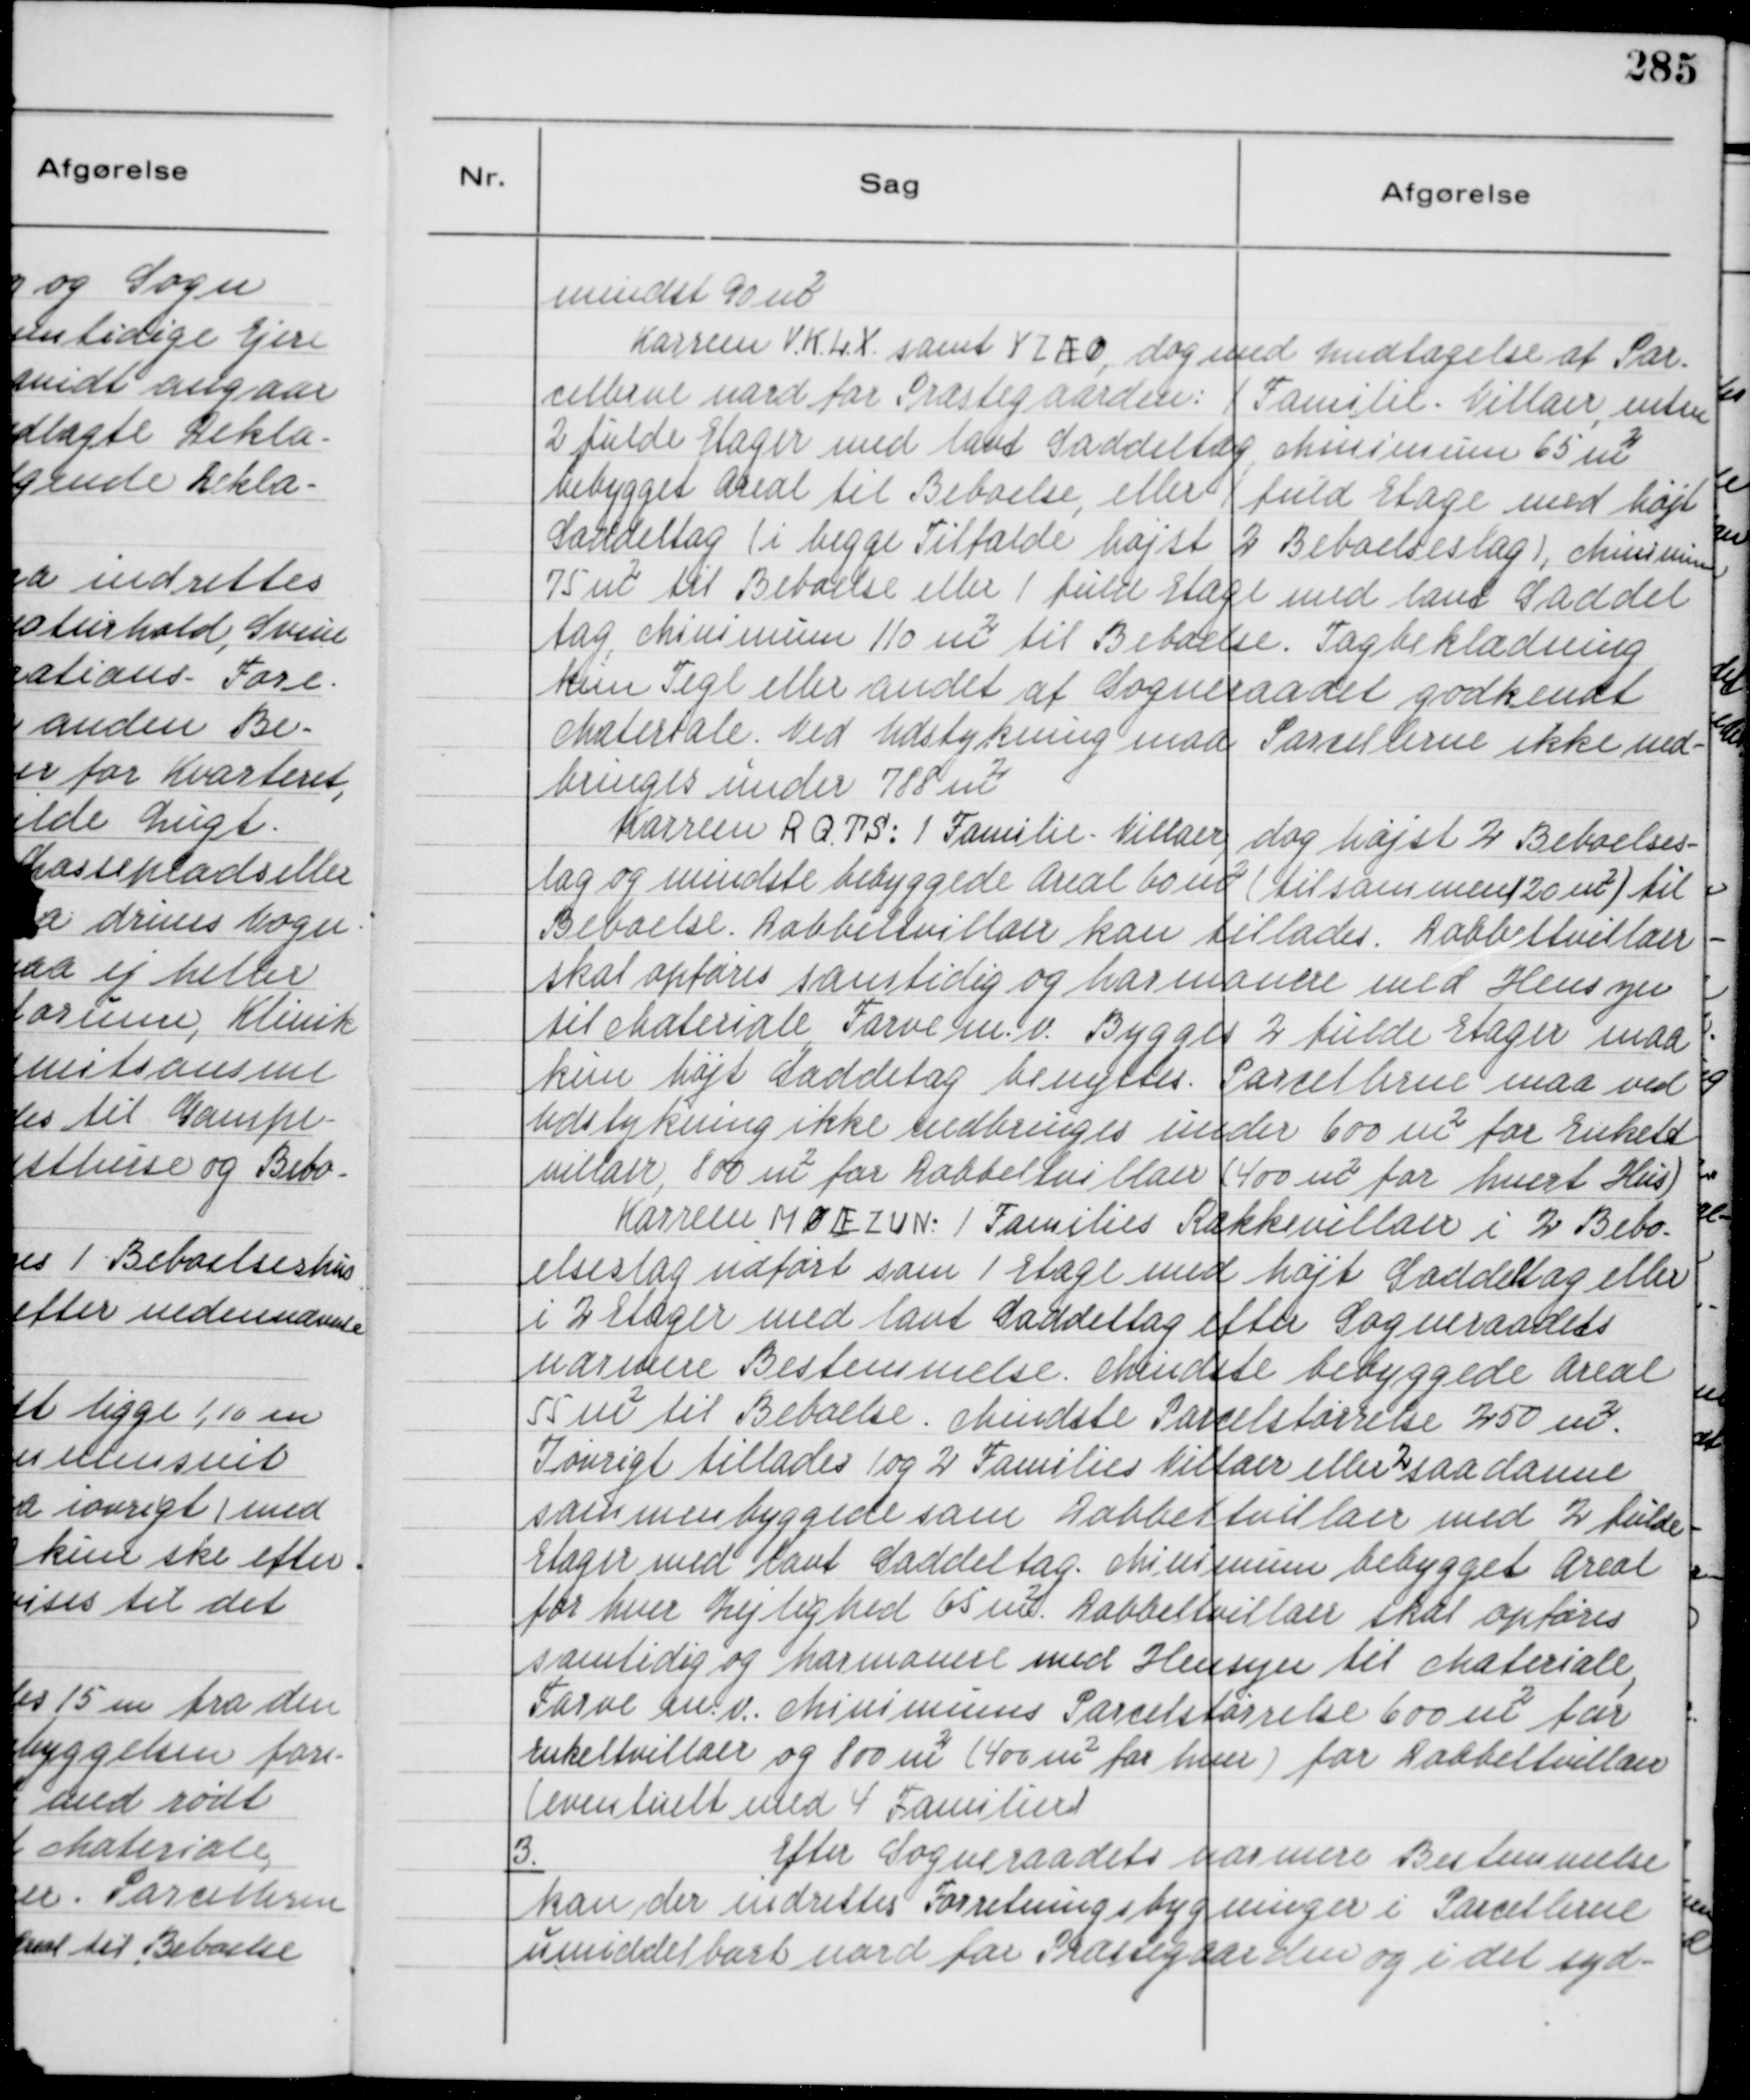
Transskription:
mindst 90 m²
Karreen V.K.L.X samt Y Z Æ Ø, dog med undtagelse af Par-
cellerne nord for Præstegaarden: 1 Familie, Villaer enten
2 fulde Etager med lavt Saddeltag, Minimum 65 m²
bebygget Areal til Beboelse, eller 1 fuld Etage med højt
Saddeltag ( i begge Tilfælde højst 2 Beboelseslag ), Minimum
75 m² til Beboelse eller 1 fuld Etage med lavt Saddel
tag, Minimum 110 m² til Beboelse. Tagbeklædning
kun Tegl eller andet af Sogneraadet godkendt
Materiale. Ved Udstykning maa Parcellerne ikke ned-
bringes under 788 m²
Karreen R Q.T S: 1 Familie - Villaer, dog højst 2 Beboelses-
lag og mindste bebyggede Areal 60 m² ( til sammen 20 m² ) til
Beboelse. Dobbeltvillaer kan tillades. Dobbeltvillaer
skal opføres samtidig og har harmonere med Hensyn
til Materiale Farve m. v. Bygges 2 fulde Etager maa
kun højt Saddetag benyttes. Parcellerne maa ved
Udstykning ikke nedbringes under 600 m² for Enkelt
villaer, 800 m² for Dobbeltvillaer ( 400 m² for hvert Hus )
Karreen M Ø Æ Z U N: 1 Families Rækkevillaer i 2 Bebo-
elseslag udført som 1 Etage med højt Saddeltag eller
i 2 Etager med lavt Saddeltag efter Sogneraadets
nærmere Bestemmelse. Mindste bebyggede Areal
55 m² til Beboelse. Mindste Parcelstørrelse 250 m².
Iøvrigt tillades 1 og 2 Families Villaer eller 2 saadanne
sammenbyggede som Dobbeltvillaer med 2 fulde
Etager med lavt Saddeltag. Minimum bebygget Areal
for hver Lejlighed 65 m². Dobbeltvillaer skal opføres
samtidig og harmonere med Hensyn til Materiale,
Farve m. v. Minimums Parcelstørrelse 600 m² for
Enkeltvillaer og 800 m² ( 400 m² for hver ) for Dobbeltvillaer
( eventuelt med 4 Familier )

3.
Efter Sogneraadets nærmere Bestemmelse
kan der indrettes Forretningsbygninger i Parcellerne
umiddelbart nord for Præstegaarden og i det syd-